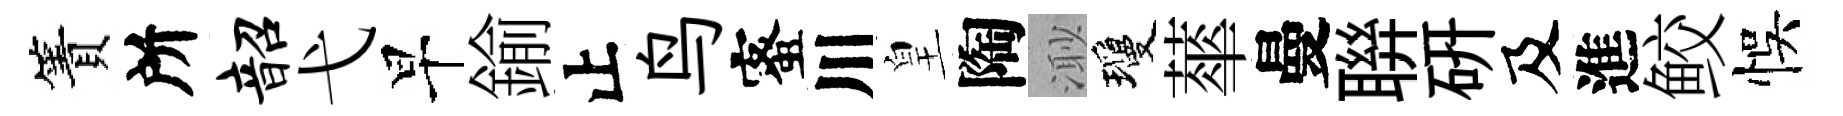
簀所韶弋早鍮止鸟蜜川皇陶𣺌瓊蕐曼聨硏及進鲛悞